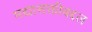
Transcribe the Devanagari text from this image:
मद्यासक्तीबद्दल